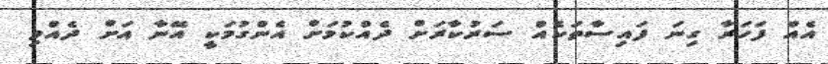
އެއް ފަހަރާ ގިނަ ފައިސާތަކެއް ސަރުކާރަށް ދެއްކުމަށް އެންގުމަކީ އޭނާ އަށް ދެއްވި